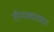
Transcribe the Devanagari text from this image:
सैन्यव्यवहार